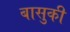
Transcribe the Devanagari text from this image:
बासुकी